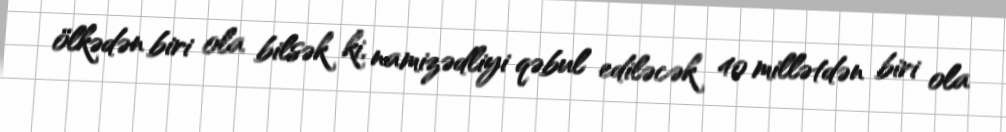
ölkədən biri ola bilsək ki, namizədliyi qəbul ediləcək 40 millətdən biri ola